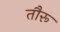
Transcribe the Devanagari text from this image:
तौरू